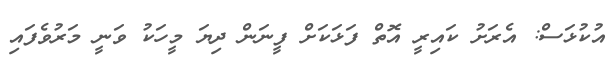
އުކުޅަސް: އެރަށު ކައިރީ އޮތް ފަޅަކަށް ފީނަން ދިޔަ މީހަކު ވަނީ މަރުވެފައި